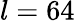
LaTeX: l=64